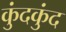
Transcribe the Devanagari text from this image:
कुंदकुंद